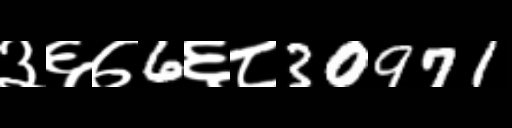
Text: ३६७6६८30971